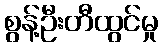
စွန့်ဦးတီထွင်မှု